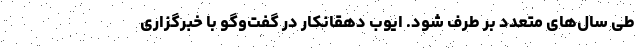
طی سال‌های متعدد بر طرف شود. ایوب دهقانکار در گفت‌وگو با خبرگزاری